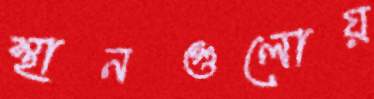
স্থানগুলোয়